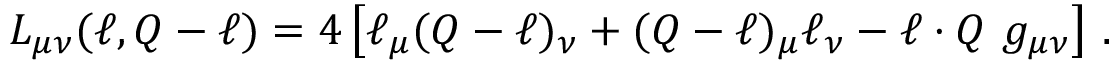
L _ { \mu \nu } ( \ell , Q - \ell ) = 4 \left[ \ell _ { \mu } ( Q - \ell ) _ { \nu } + ( Q - \ell ) _ { \mu } \ell _ { \nu } - \ell \cdot Q \ g _ { \mu \nu } \right] \, .